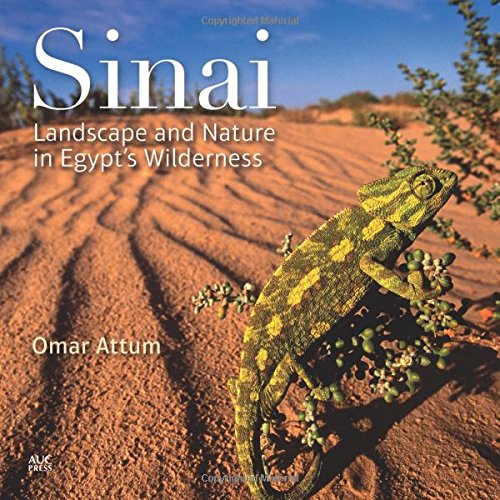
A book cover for Sinai: Landscape and Nature in Egypt's Wilderness; Omar Attum; Travel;